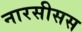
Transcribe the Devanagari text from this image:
नारसीसस